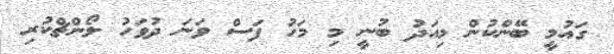
ގައުމީ ބޭންކުން މިއަދު ބުނީ މި މަހު ފަސް ވަނަ ދުވަހު ލޯންޗްކުރި